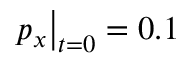
p _ { x } \big | _ { t = 0 } = 0 . 1